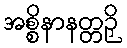
အစ္စိနာနတ္တဉှိ